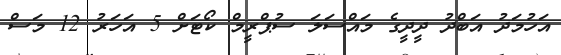
އަހުމަދު އަބްދު ދީދީގެ މައްސަލަ ސުޕްރީމް ކޯޓަށް 5 އަހަރު 12 މަސް